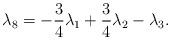
LaTeX: \begin{align*}\lambda _{8}=-\frac{3}{4}\lambda _{1}+\frac{3}{4}\lambda _{2}-\lambda _{3}.\end{align*}